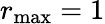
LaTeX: {r}_{\mathrm{max}}=1